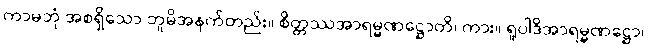
ကာမဘုံ အစရှိသော ဘူမိအနက်တည်း။ စိတ္တဿအာရမ္မဏဋ္ဌောတိ၊ ကား။ ရူပါဒိအာရမ္မဏဋ္ဌော၊